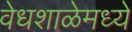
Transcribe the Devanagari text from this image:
वेधशाळेमध्ये